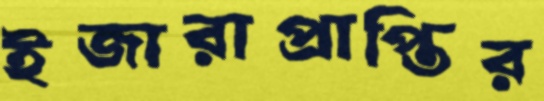
ইজারাপ্রাপ্তির